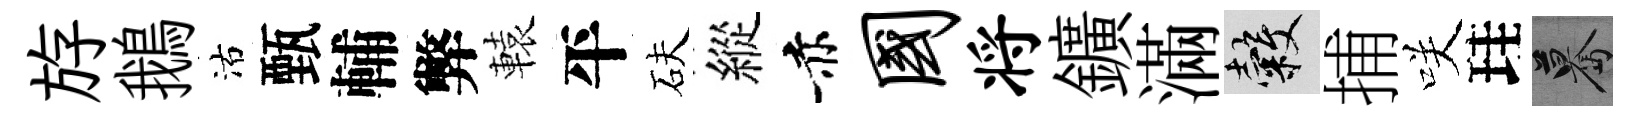
斿鵝沽甄輔弊轅平砆縱赤国将鑛滿穀捕咲珪驀